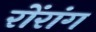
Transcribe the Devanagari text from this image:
रोंरांग